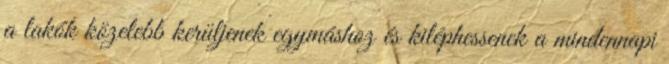
a lakók közelebb kerüljenek egymáshoz és kiléphessenek a mindennapi